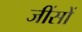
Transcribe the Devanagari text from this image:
जींसों